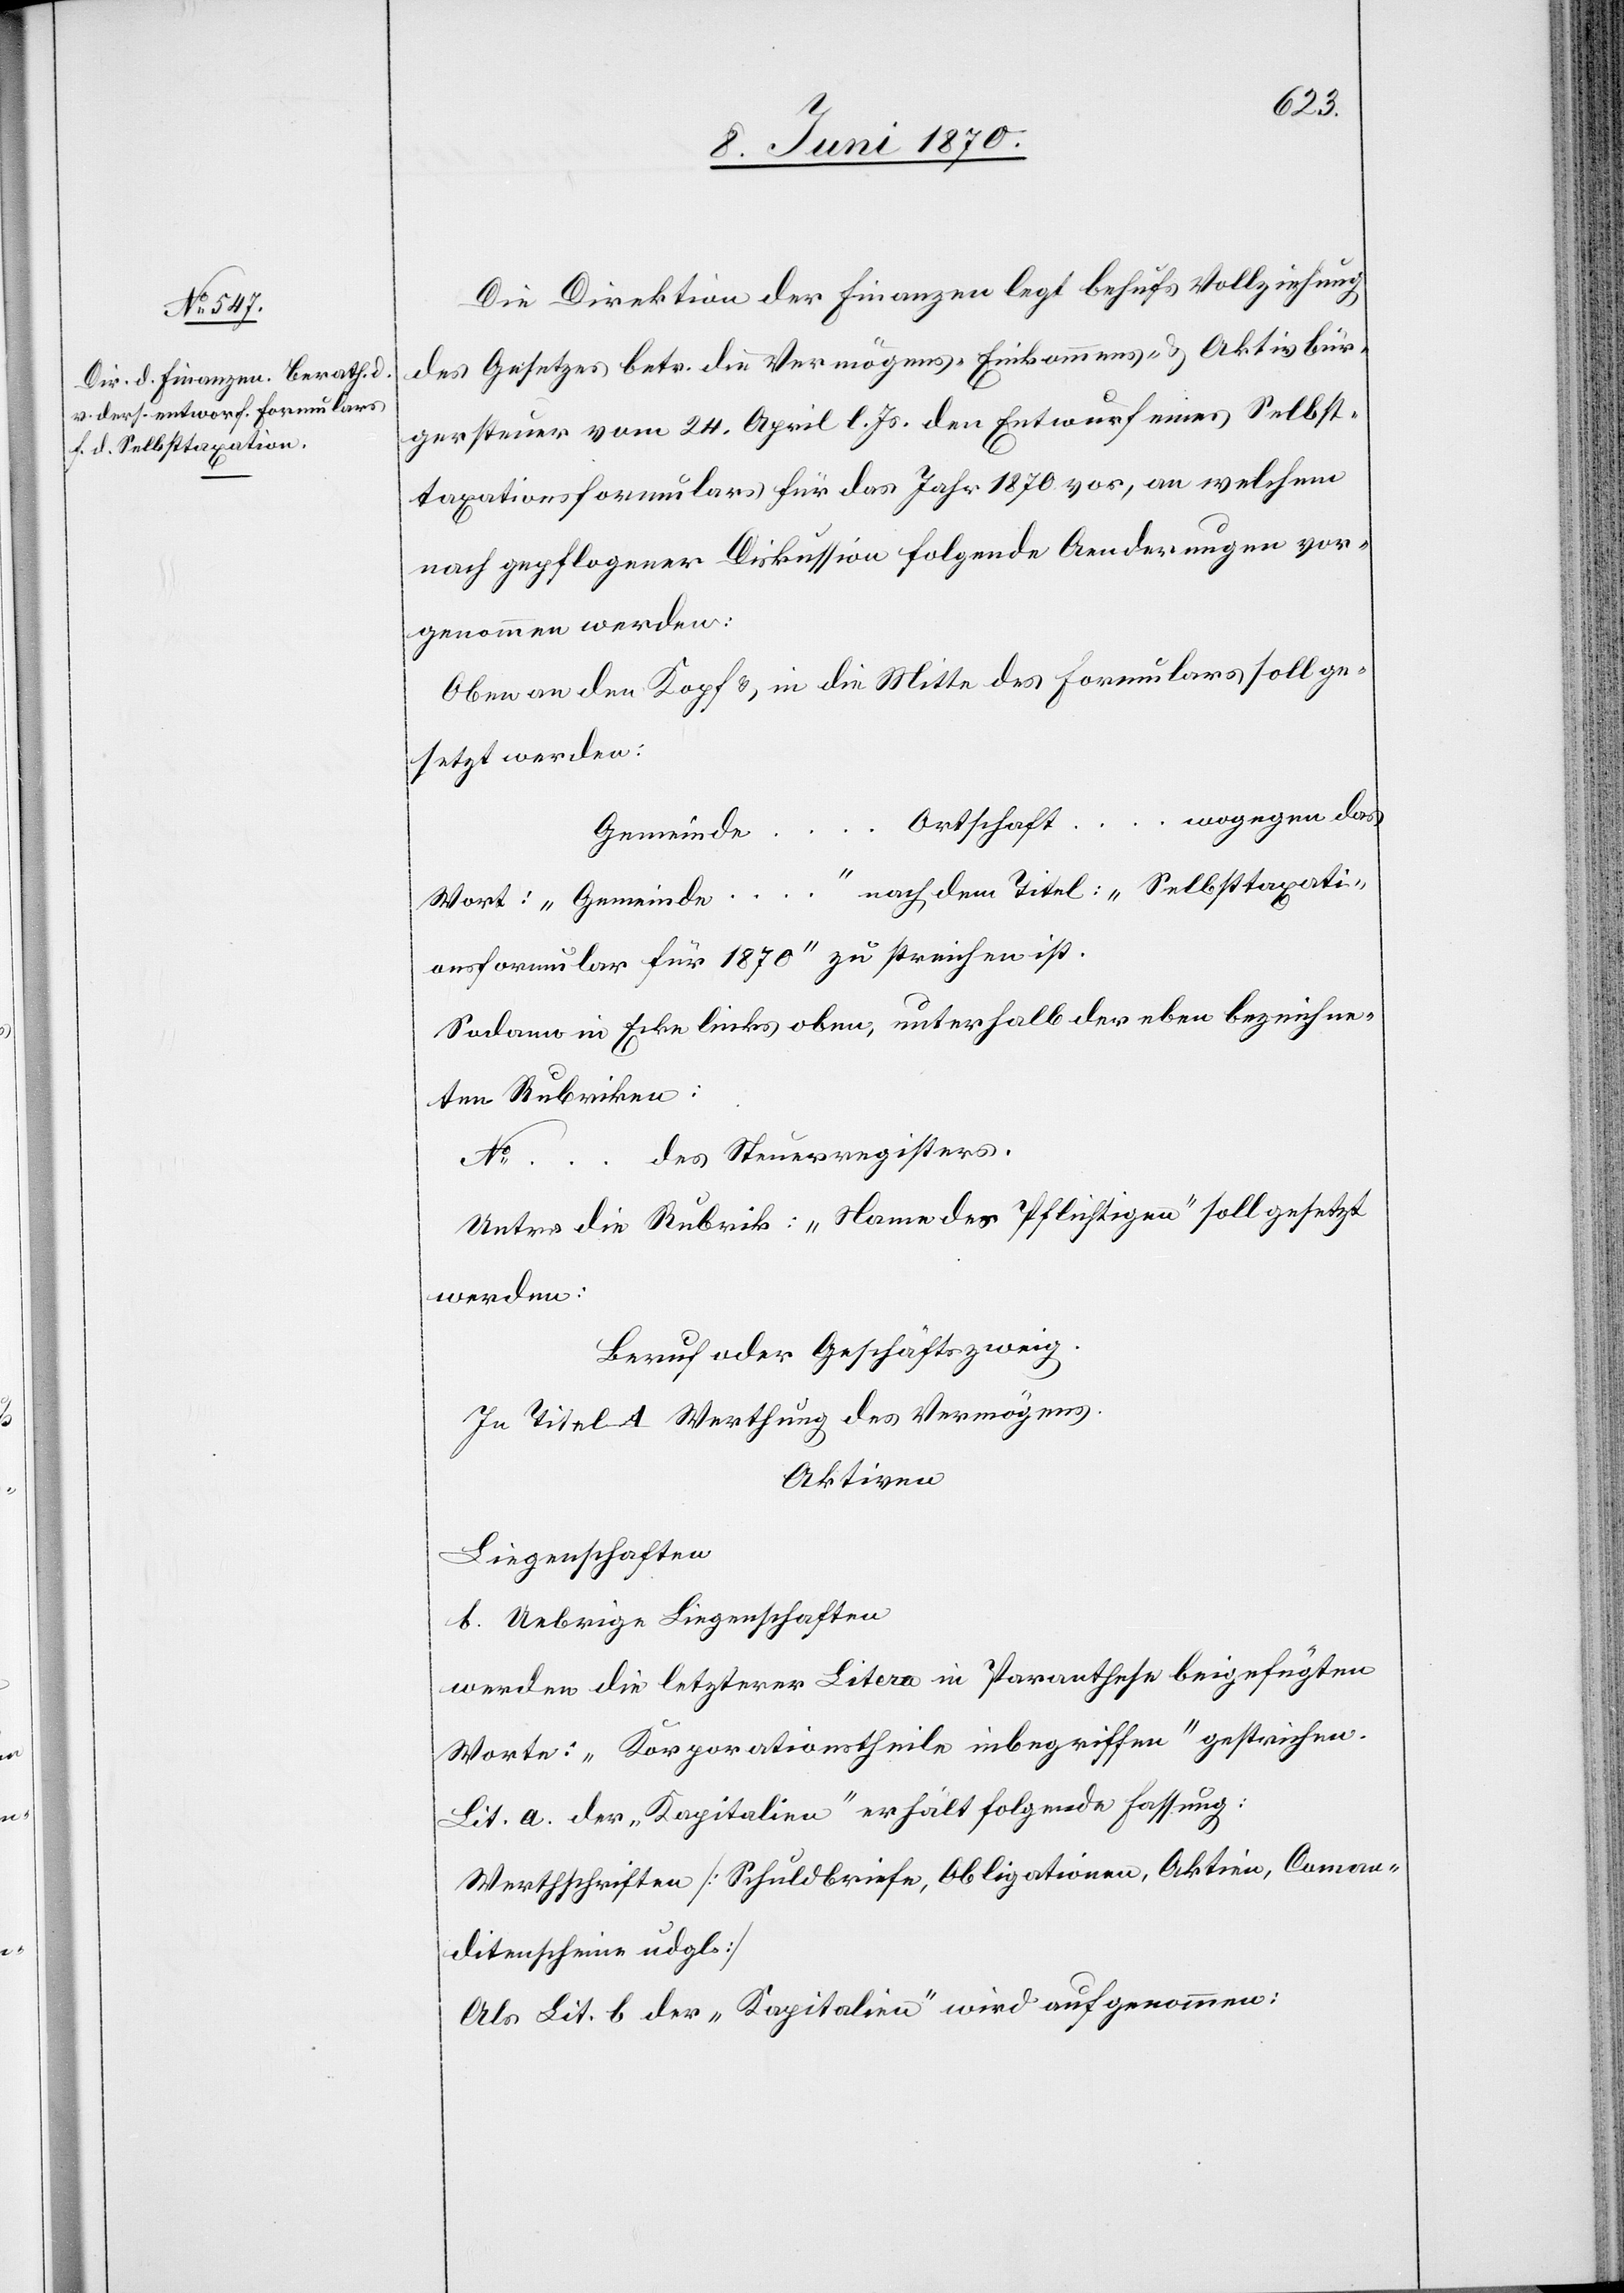
No …
Die Direktion der Finanzen legt behufs Vollziehung
des Gesetzes betr. die Vermögens-[,] Einkommens- & Aktivbür¬
gersteuer vom 24. April l. Js. den Entwurf eines Selbst¬
taxationsformulars für das Jahr 1870 vor, an welchem
nach gepflogener Diskussion folgende Aenderungen vor¬
genommen werden:
Oben an den Kopf & in die Mitte des Formulares soll ge¬
setzt werden:
Ortschaft … wogegen das
Gemeinde …
Wort: „Gemeinde …“ nach dem Titel „Selbsttaxati¬
onsformular für 1870“ zu streichen ist.
Sodann in Ecke links oben, unterhalb der eben bezeichne¬
ten Rubriken:
des Steuerregisters.
Unter der Rubrik: „Name des Pflichtigen“ soll gesetzt
werden:
Beruf oder Geschäftszweig.
In Titel A Werthung des Vermögens.
Aktiven
Liegenschaften
b. Uebrige Liegenschaften
werden die letzterer Litera in Paranthese beigefügten
Worte: „Korporationstheile inbegriffen“ gestrichen.
Lit. a. der „Kapitalien“ erhält folgende Fassung:
Werthschriften [Schuldbriefe, Obligationen, Aktien, Coman¬
ditenscheine udgl.]
Als Lit. b der „Kapitalien“ wird aufgenommen: